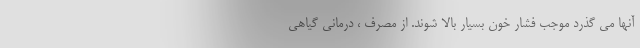
آنها می گذرد موجب فشار خون بسیار بالا شوند. از مصرف ، درمانی گیاهی